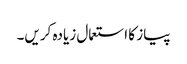
پیاز کا استعمال زیادہ کریں۔